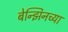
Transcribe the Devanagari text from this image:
बेन्झिनच्या